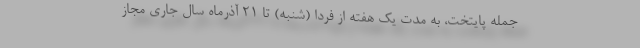
جمله پایتخت، به مدت یک هفته از فردا (شنبه) تا ۲۱ آذرماه سال جاری مجاز